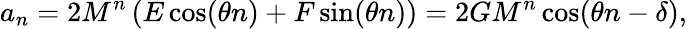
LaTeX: a_{n}=2M^{n}\left(E\cos(\theta n)+F\sin(\theta n)\right)=2GM^{n}\cos(\theta n-\delta),